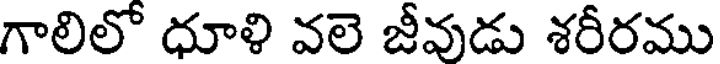
గాలిలో ధూళి వలె జీవుడు శరీరము